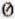
0